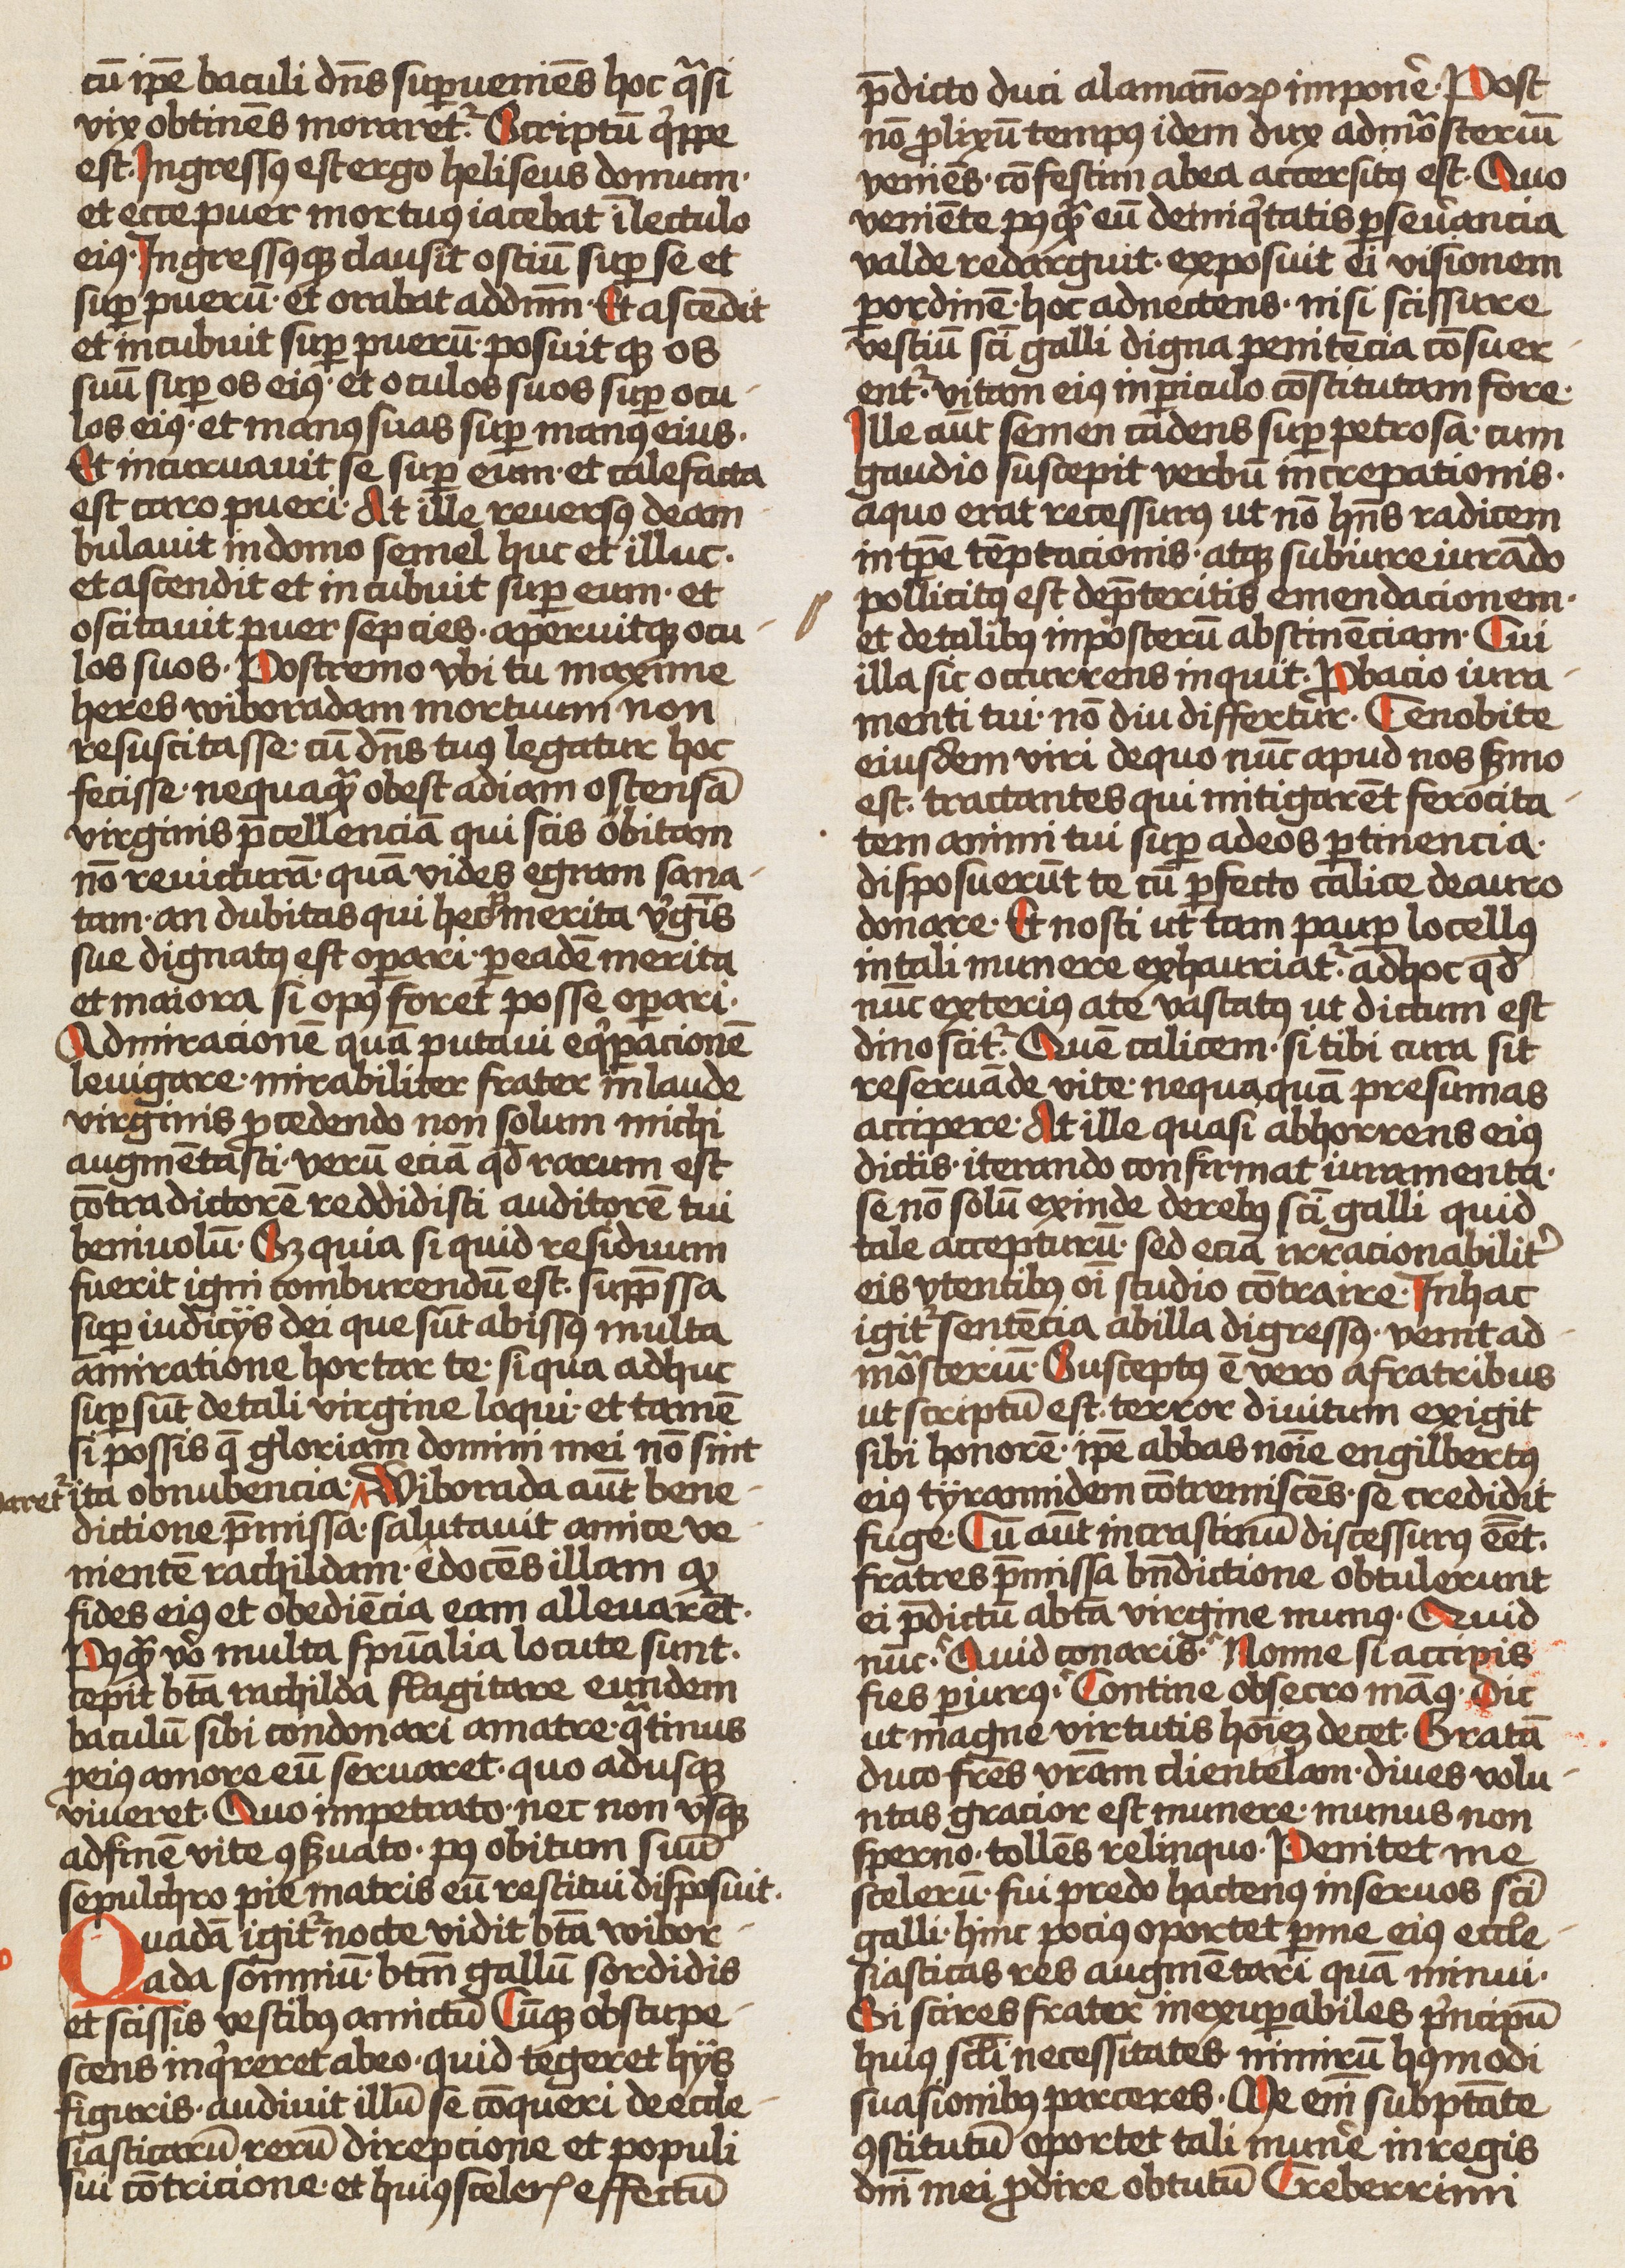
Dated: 1450–1499